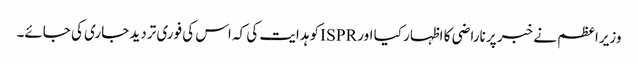
وزیراعظم نے خبر پر ناراضی کا اظہار کیا اور ISPRکو ہدایت کی کہ اس کی فوری تردید جاری کی جائے۔